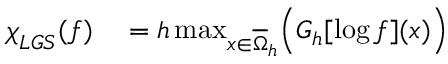
\begin{array} { r l } { { \chi \smash [ t ] { \mathstrut } } _ { L G S } ( f ) } & { { } = h \operatorname* { m a x } _ { x \in \overline { { \Omega } } _ { h } } \Bigl ( G _ { h } [ \log f ] ( x ) \Bigr ) } \end{array}